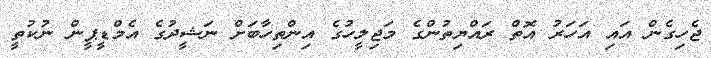
ޖެހިގެން އައި އަހަރު އޮތް ރައްޔިތުންގެ މަޖިލީހުގެ އިންތިހާބަށް ނަޝީދުގެ އެމްޑީޕީން ނުކުތީ